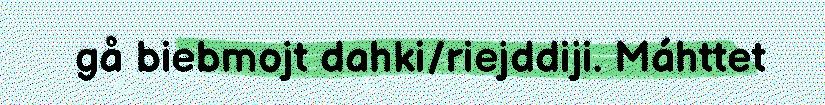
gå biebmojt dahki/riejddiji. Máhttet